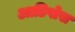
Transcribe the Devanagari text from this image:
आडिपोस